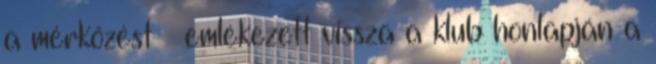
a mérkőzést – emlékezett vissza a klub honlapján a